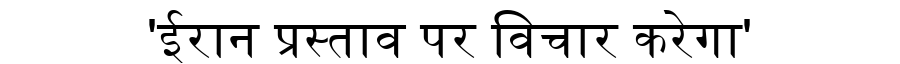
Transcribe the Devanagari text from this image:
'ईरान प्रस्ताव पर विचार करेगा'